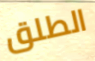
الطلق